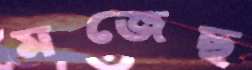
মজেছ